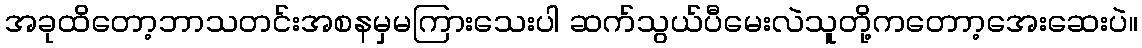
အခုထိတော့ဘာသတင်းအစနမှမကြားသေးပါ ဆက်သွယ်ပီမေးလဲသူတို့ကတောာ့အေးဆေးပဲ။